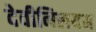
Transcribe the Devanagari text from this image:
देवीनिलयम